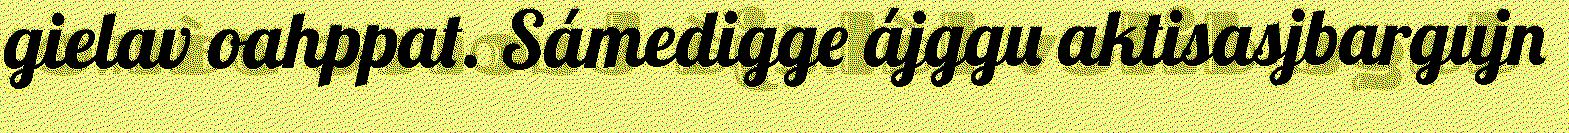
gielav oahppat. Sámedigge ájggu aktisasjbargujn